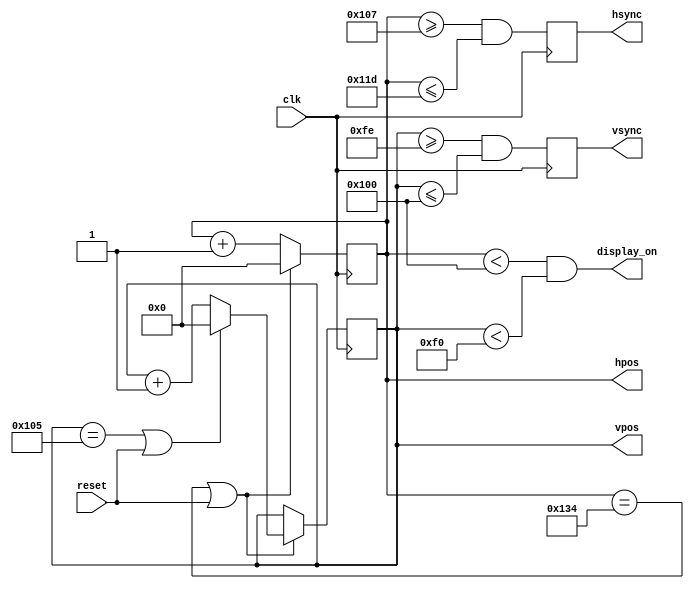

`ifndef HVSYNC_GENERATOR_H
`define HVSYNC_GENERATOR_H

/*
Video sync generator, used to drive a simulated CRT.
To use:
- Wire the hsync and vsync signals to top level outputs
- Add a 3-bit (or more) "rgb" output to the top level
*/

module hvsync_generator(clk, reset, hsync, vsync, display_on, hpos, vpos);

  input clk;
  input reset;
  output reg hsync, vsync;
  output display_on;
  output reg [8:0] hpos;
  output reg [8:0] vpos;

  // declarations for TV-simulator sync parameters
  // horizontal constants
  parameter H_DISPLAY       = 256; // horizontal display width
  parameter H_BACK          =  23; // horizontal left border (back porch)
  parameter H_FRONT         =   7; // horizontal right border (front porch)
  parameter H_SYNC          =  23; // horizontal sync width
  // vertical constants
  parameter V_DISPLAY       = 240; // vertical display height
  parameter V_TOP           =   5; // vertical top border
  parameter V_BOTTOM        =  14; // vertical bottom border
  parameter V_SYNC          =   3; // vertical sync # lines
  // derived constants
  parameter H_SYNC_START    = H_DISPLAY + H_FRONT;
  parameter H_SYNC_END      = H_DISPLAY + H_FRONT + H_SYNC - 1;
  parameter H_MAX           = H_DISPLAY + H_BACK + H_FRONT + H_SYNC - 1;
  parameter V_SYNC_START    = V_DISPLAY + V_BOTTOM;
  parameter V_SYNC_END      = V_DISPLAY + V_BOTTOM + V_SYNC - 1;
  parameter V_MAX           = V_DISPLAY + V_TOP + V_BOTTOM + V_SYNC - 1;

  wire hmaxxed = (hpos == H_MAX) || reset;	// set when hpos is maximum
  wire vmaxxed = (vpos == V_MAX) || reset;	// set when vpos is maximum
  
  // horizontal position counter
  always @(posedge clk)
  begin
    hsync <= (hpos>=H_SYNC_START && hpos<=H_SYNC_END);
    if(hmaxxed)
      hpos <= 0;
    else
      hpos <= hpos + 1;
  end

  // vertical position counter
  always @(posedge clk)
  begin
    vsync <= (vpos>=V_SYNC_START && vpos<=V_SYNC_END);
    if(hmaxxed)
      if (vmaxxed)
        vpos <= 0;
      else
        vpos <= vpos + 1;
  end
  
  // display_on is set when beam is in "safe" visible frame
  assign display_on = (hpos<H_DISPLAY) && (vpos<V_DISPLAY);

endmodule

`endif